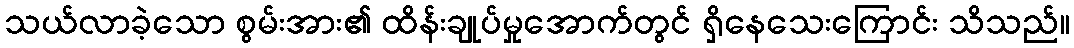
သယ်လာခဲ့သော စွမ်းအား၏ ထိန်းချုပ်မှုအောက်တွင် ရှိနေသေးကြောင်း သိသည်။